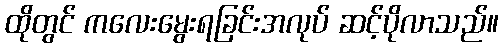
ထိုတွင် ကလေးမွေးရခြင်းအလုပ် ဆင့်ပိုလာသည်။